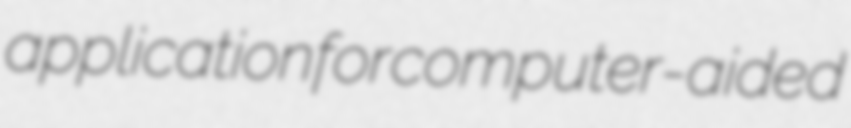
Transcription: application for computer-aided